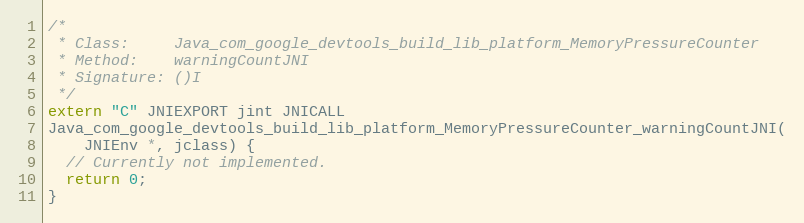
Language: C++
/*
 * Class:     Java_com_google_devtools_build_lib_platform_MemoryPressureCounter
 * Method:    warningCountJNI
 * Signature: ()I
 */
extern "C" JNIEXPORT jint JNICALL
Java_com_google_devtools_build_lib_platform_MemoryPressureCounter_warningCountJNI(
    JNIEnv *, jclass) {
  // Currently not implemented.
  return 0;
}